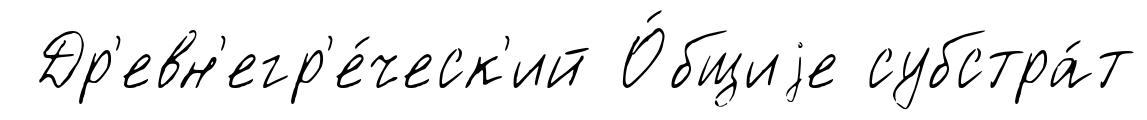
Др'евн'егр'е́ческ'ий О́бщиjе субстра́т